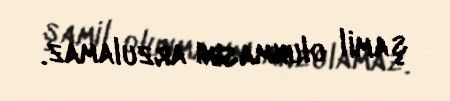
şamil olunmasını arzulamaz.